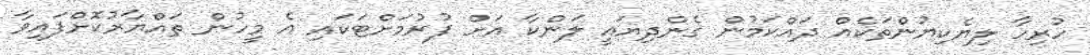
ހުރިހާ ލިޔެކިޔުންތަކެއް ދައްކަމުން ގެންދިޔައީ ލަންކާ އަށް ފުރުމަށްޓަކައި އެ މީހުން ތަައްޔާރުކޮށްފައިވާ